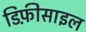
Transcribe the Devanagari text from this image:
डिफ़ीसाइल